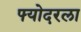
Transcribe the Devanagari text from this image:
फ्योदरला